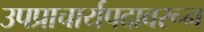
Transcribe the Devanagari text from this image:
उपप्राचार्यपदावरून